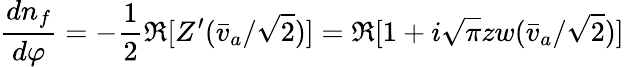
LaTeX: {\frac{dn_{f}}{d\varphi}}=-{\frac{1}{2}}\Re[Z^{\prime}(\bar{v}_{a}/\sqrt{2})]=\Re[1+i\sqrt{\pi}zw(\bar{v}_{a}/\sqrt{2})]